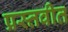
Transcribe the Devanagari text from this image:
प्रस्तवीत